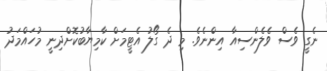
ނެގީ ވެސް ވެލެންސިއާ އިންނެވެ. މި ދެ ގޯލު އެޓީމަށް ކާމިޔާބުކޮށްދިނީ މުހައްމަދު